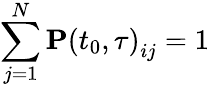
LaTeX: \sum_{j=1}^{N}\mathbf{P}\left(t_{0},\tau\right)_{ij}=1